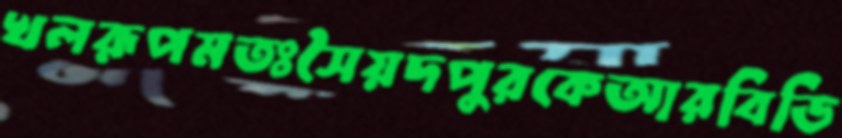
খলরূপমতঃসৈয়দপুরকেআরবিডি